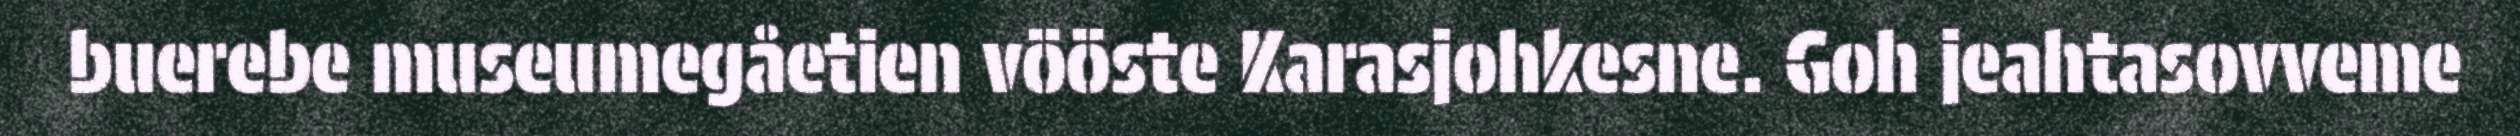
buerebe museumegåetien vööste Karasjohkesne. Goh jeahtasovveme